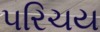
૫રિચય